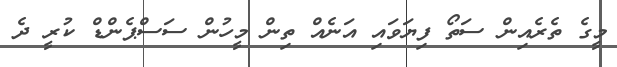
މީގެ ތެރެއިން ސަތޯ ފިޔަވައި އަނެއް ތިން މީހުން ސަސްޕެންޑް ކުރީ ދެ